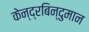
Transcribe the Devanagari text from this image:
केन्द्रबिन्दुमान